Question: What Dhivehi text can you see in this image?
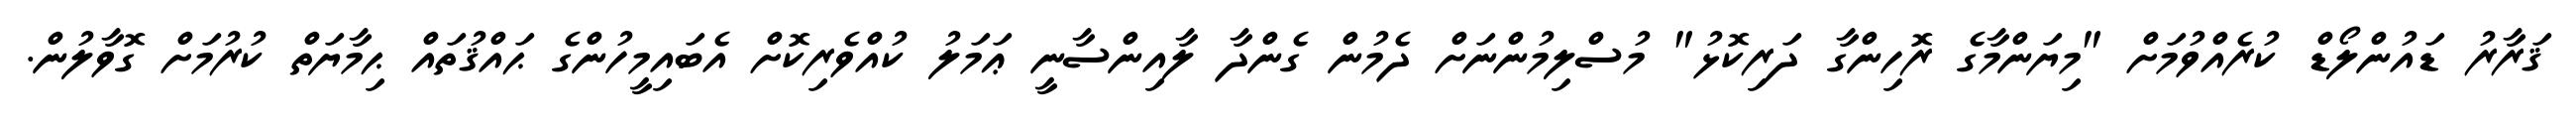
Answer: ޤަރާރު ޑައުންލޯޑް ކުރެއްވުމަށް "މިޔަންމާގެ ރޮހިންގާ ދަރިކޮޅު" މުސްލިމުންނަށް ދެމުން ގެންދާ ލާއިންސާނީ ޢަމަލު ކުއްވެރިކޮށް އެބައިމީހުންގެ ޙައްޤުތައް ޙިމާޔަތް ކުރުމަށް ގޮވާލުން.